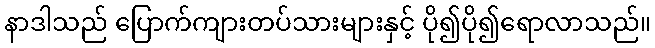
နာဒါသည် ပြောက်ကျားတပ်သားများနှင့် ပို၍ပို၍ရောလာသည်။